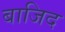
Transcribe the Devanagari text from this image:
बाजिद